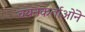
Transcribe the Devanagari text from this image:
चयनकर्ताओंने